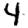
Digit: 4